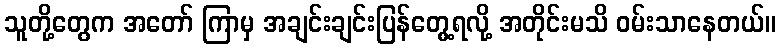
သူတို့တွေက အတော် ကြာမှ အချင်းချင်းပြန်တွေ့ရလို့ အတိုင်းမသိ ဝမ်းသာနေတယ်။